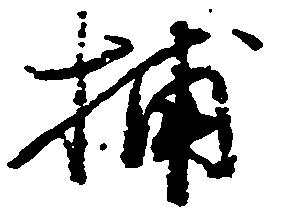
捕